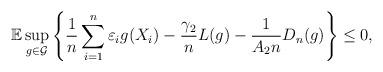
LaTeX: \begin{align*} \mathbb{E}\sup_{g\in\mathcal{G}}\left\{ \frac{1}{n}\sum_{i=1}^n\varepsilon_ig(X_i) -\frac{\gamma_2}{n}L(g) -\frac{1}{A_2n}D_n(g) \right\} \leq 0,\end{align*}